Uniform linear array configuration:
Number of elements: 48
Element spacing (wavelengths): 0.25
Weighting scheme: uniform
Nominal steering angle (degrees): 60
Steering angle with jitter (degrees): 61.468
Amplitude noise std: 0.05
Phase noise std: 0.05

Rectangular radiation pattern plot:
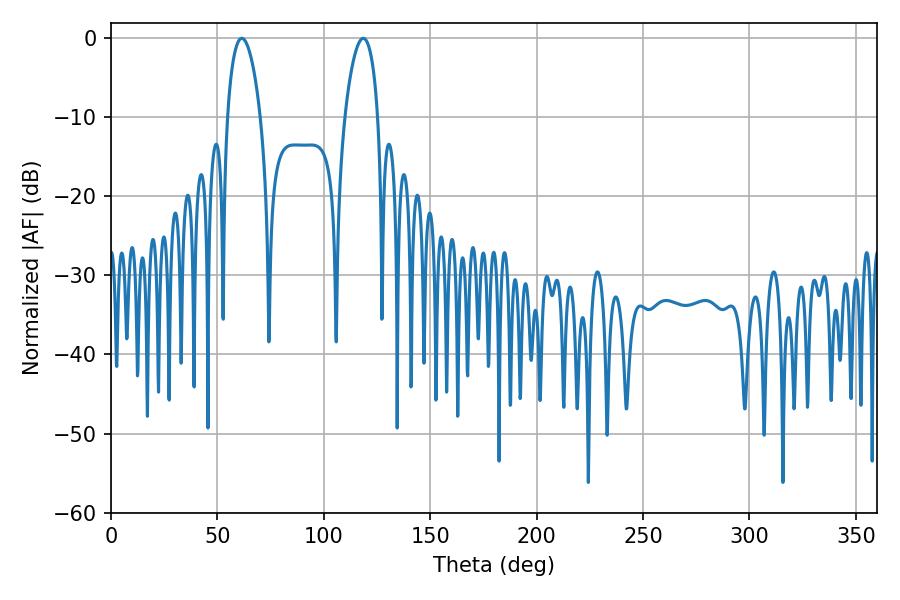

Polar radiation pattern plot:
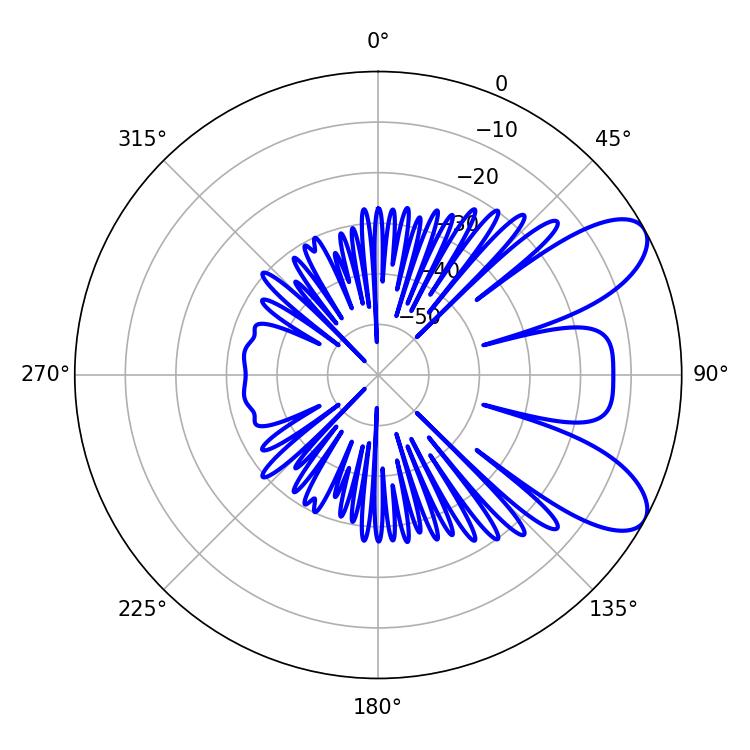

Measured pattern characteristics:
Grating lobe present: FALSE
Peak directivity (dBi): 8.115
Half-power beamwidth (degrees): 8.82
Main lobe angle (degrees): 61.38